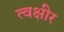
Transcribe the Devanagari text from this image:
त्वक्षीर